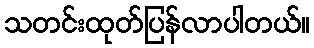
သတင်းထုတ်ပြန်လာပါတယ်။